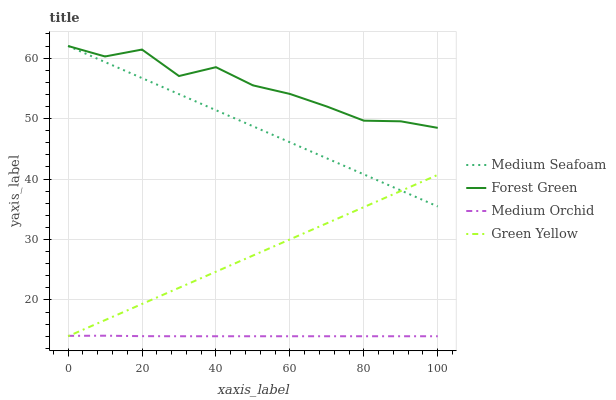
| xaxis_label | Medium Seafoam | Forest Green | Medium Orchid | Green Yellow |
 | --- | --- | --- | --- | --- |
 | 0 | 62 | 62 | 14.1 | 14 |
 | 10 | 59.3 | 60.3 | 14.1 | 16.7 |
 | 20 | 56.7 | 61.4 | 14 | 19.3 |
 | 30 | 54 | 57 | 14 | 22 |
 | 40 | 51.4 | 58.5 | 14 | 24.7 |
 | 50 | 48.7 | 55.5 | 14 | 27.3 |
 | 60 | 46.1 | 54.1 | 14 | 30 |
 | 70 | 43.4 | 52 | 14 | 32.7 |
 | 80 | 40.8 | 49.7 | 14 | 35.4 |
 | 90 | 38.1 | 49.5 | 14 | 38 |
 | 100 | 35.5 | 48.5 | 14 | 40.7 |